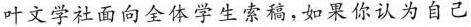
叶文学社面向全体学生索稿，如果你认为自己